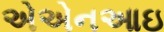
એએનઆઇ